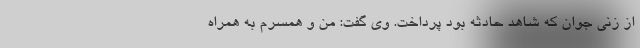
از زنی جوان که شاهد حادثه بود پرداخت. وی گفت: من و همسرم به همراه